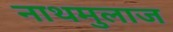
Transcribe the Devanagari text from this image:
नाथमुलाज